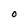
Character: O